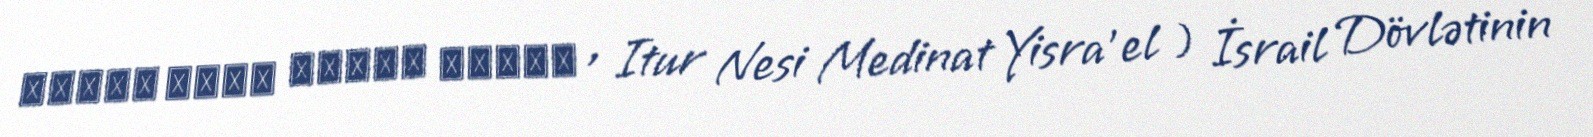
עיטור נשיא מדינת ישראל , Itur Nesi Medinat Yisra'el ) İsrail Dövlətinin